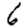
Digit: 6